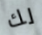
لك